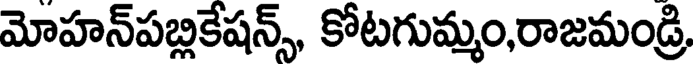
మోహన్పబ్లికేషన్స్, కోటగుమ్మం,రాజమండ్రి,